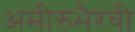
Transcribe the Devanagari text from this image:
अमीरुभैरवी